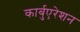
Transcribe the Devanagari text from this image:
कार्बुएरेशन